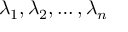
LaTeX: \lambda _ { 1 } , \lambda _ { 2 } , \ldots , \lambda _ { n }